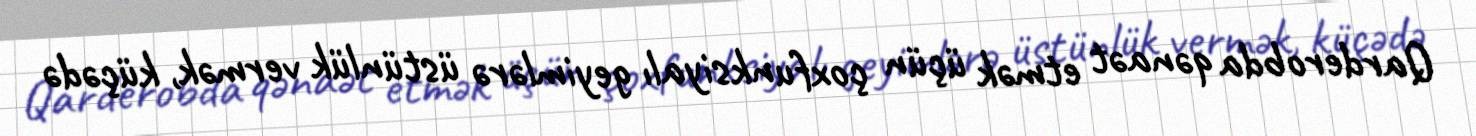
Qarderobda qənaət etmək üçün çoxfunksiyalı geyimlərə üstünlük vermək, küçədə